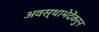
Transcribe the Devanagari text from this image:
अवस्थाभेदेंकरुन